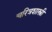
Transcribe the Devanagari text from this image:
चरित्रशास्त्री